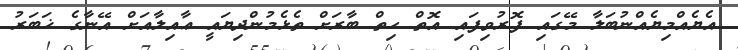
އެޔެއްމިޔެއްނުބަލާ މޭގައި ފޮރުވިފައި އޮތް ހިތް ބާރަށް ތެޅެމުންދިޔައީ ޢާއިލާއަށް އޭނާގެ ޚަބަރު